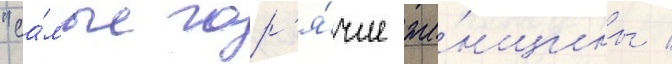
"са́мые гор'я́чие же́нщины /